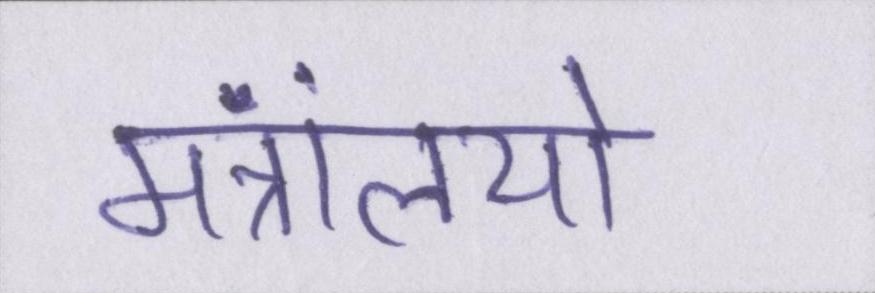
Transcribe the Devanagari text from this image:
मंत्रालयों